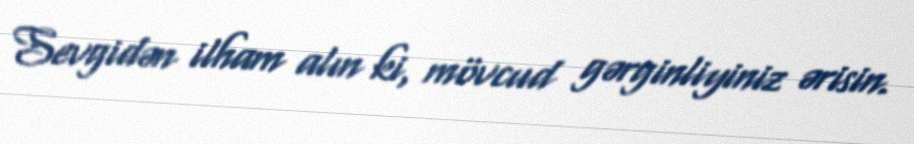
Sevgidən ilham alın ki, mövcud gərginliyiniz ərisin.